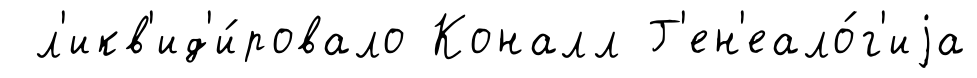
л'икв'ид'и́ровало Коналл Г'ен'еало́г'иjа